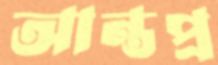
আন্তপ্র